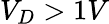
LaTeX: V_{D}>1V